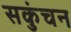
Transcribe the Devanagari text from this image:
सकुंचन